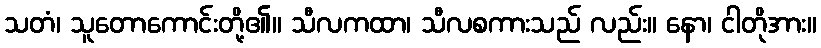
သတံ၊ သူတောကောင်းတို့၏။ သီလကထာ၊ သီလစကားသည် လည်း။ နော၊ ငါတိုအား။